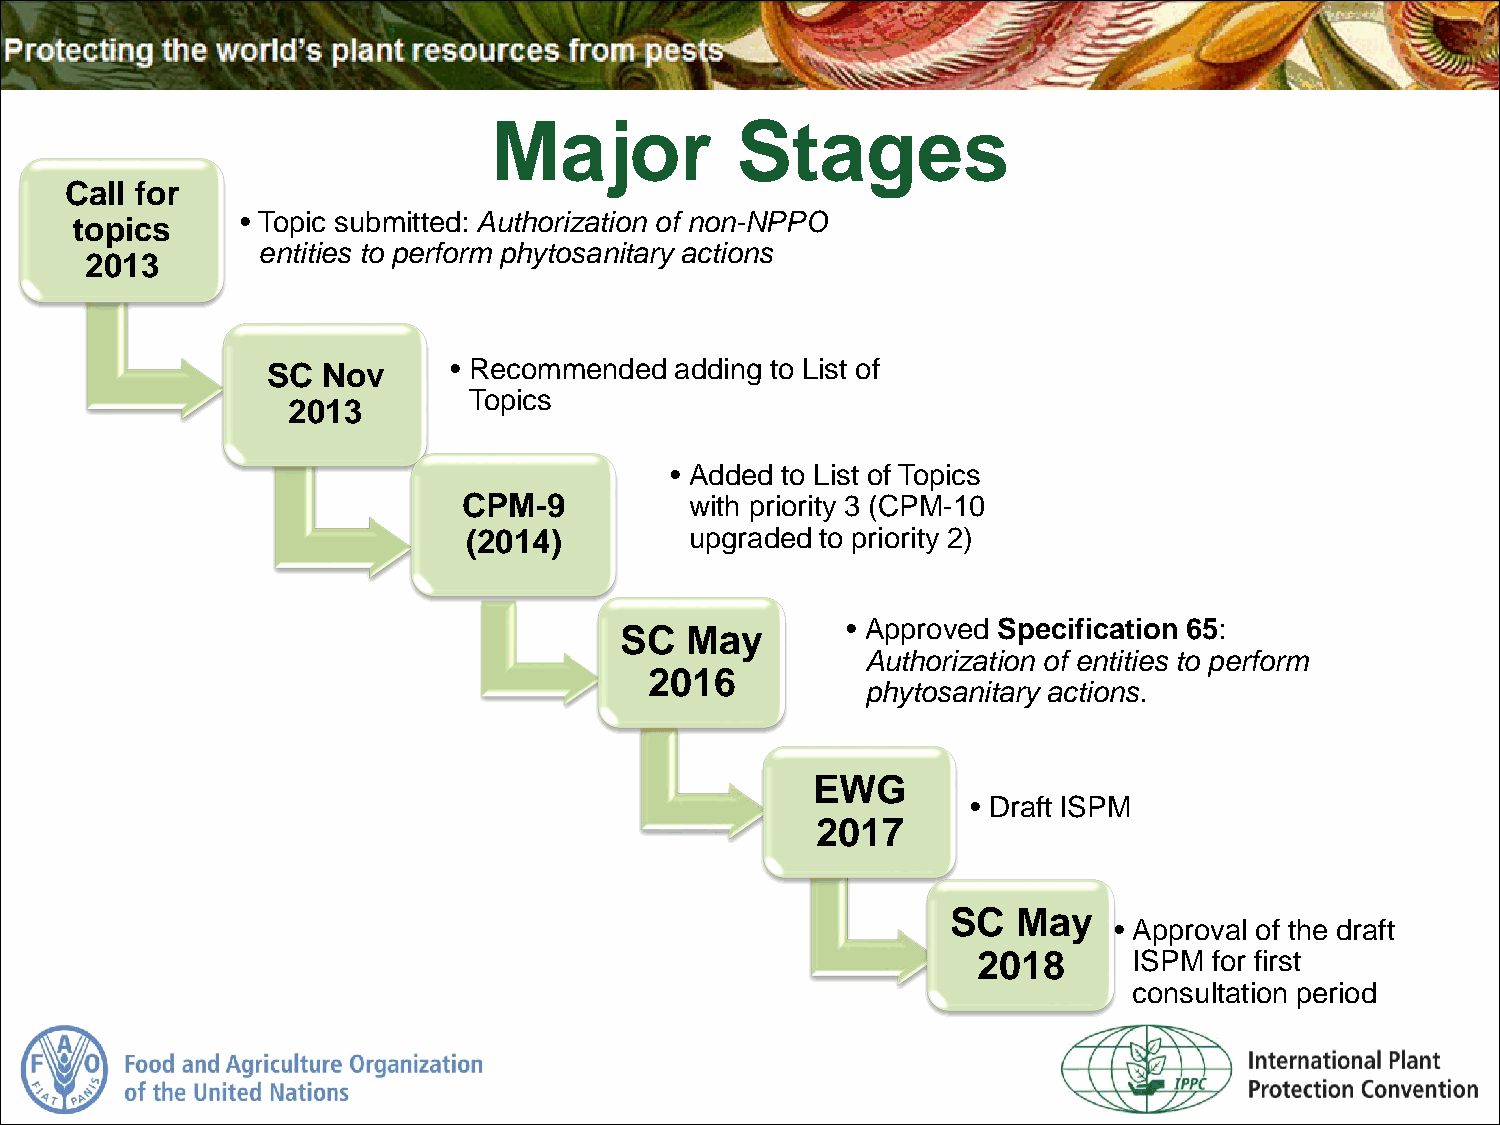
Major            Stages
 Call for
 • Topic submitted: Authorization of non-NPPO
 topics
 entities to perform phytosanitary actions
 2013
 • Recommended  adding to List of
 SC Nov
 Topics
 2013
 • Added to List of Topics
 CPM-9          with priority 3 (CPM-10
 (2014)         upgraded to priority 2)
 • Approved Specification 65:
 SC  May
 Authorization of entities to perform
 2016
 phytosanitary actions.
 EWG
 • Draft ISPM
 2017
 SC  May
 • Approval of the draft
 2018      ISPM for first
 consultation period